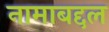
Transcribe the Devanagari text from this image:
नामाबद्दल